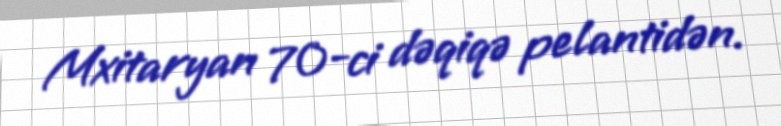
Mxitaryan 70-ci dəqiqə pelantidən.